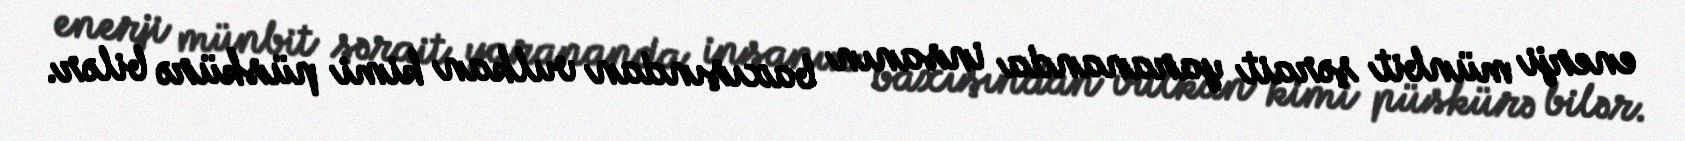
enerji münbit şərait yarananda insanın baxışından vulkan kimi püskürə bilər.